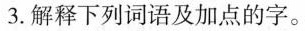
3.解释下列词语及加点的字。